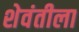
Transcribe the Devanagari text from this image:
शेवंतीला